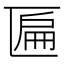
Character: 匾